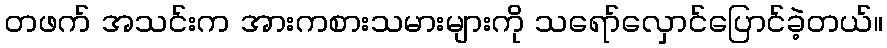
တဖက် အသင်းက အားကစားသမားများကို သရော်လှောင်ပြောင်ခဲ့တယ်။